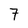
Character: 7